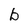
Character: b